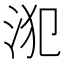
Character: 𣳜